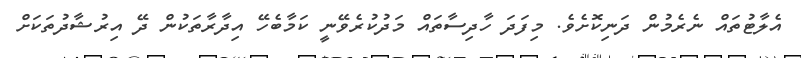
އެލާޓުތައް ނެރެމުން ދަނިކޮށެވެ. މިފަދަ ހާދިސާތައް މަދުކުރެވޭނީ ކަމާބެހޭ އިދާރާތަކުން ދޭ އިރުޝާދުތަކަށް